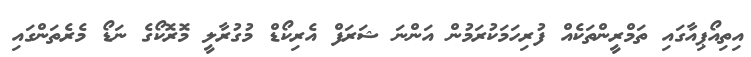
އިތިއޯޕިއާގައި ތަމްރީންތަކެއް ފުރިހަމަކުރަމުން އަންނަ ޝަރަފް އެރިކޯޑް މުގުރާލީ މޮރޮކޯގެ ނަޑޯ މެރެތަންގައި